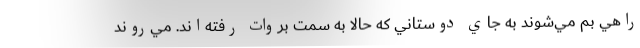
راهي بم مي‌شوند به جاي دوستاني كه حالا به سمت بروات رفته‌اند. مي‌روند